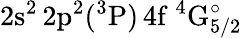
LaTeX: \mathrm{2s^{2}\, 2p^{2}(^{3}P)\, 4f~^{4}G_{5/2}^{\circ}}